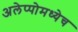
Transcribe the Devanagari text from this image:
अलेप्पोमध्येच